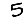
Digit: 5